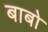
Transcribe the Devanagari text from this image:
बाबो